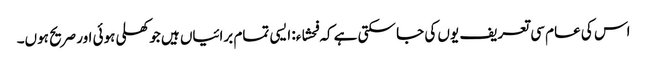
اس کی عام سی تعریف یوں کی جا سکتی ہے کہ فحشاء: ایسی تمام برائیاں ہیں جو کھلی ہوئی اور صریح ہوں۔